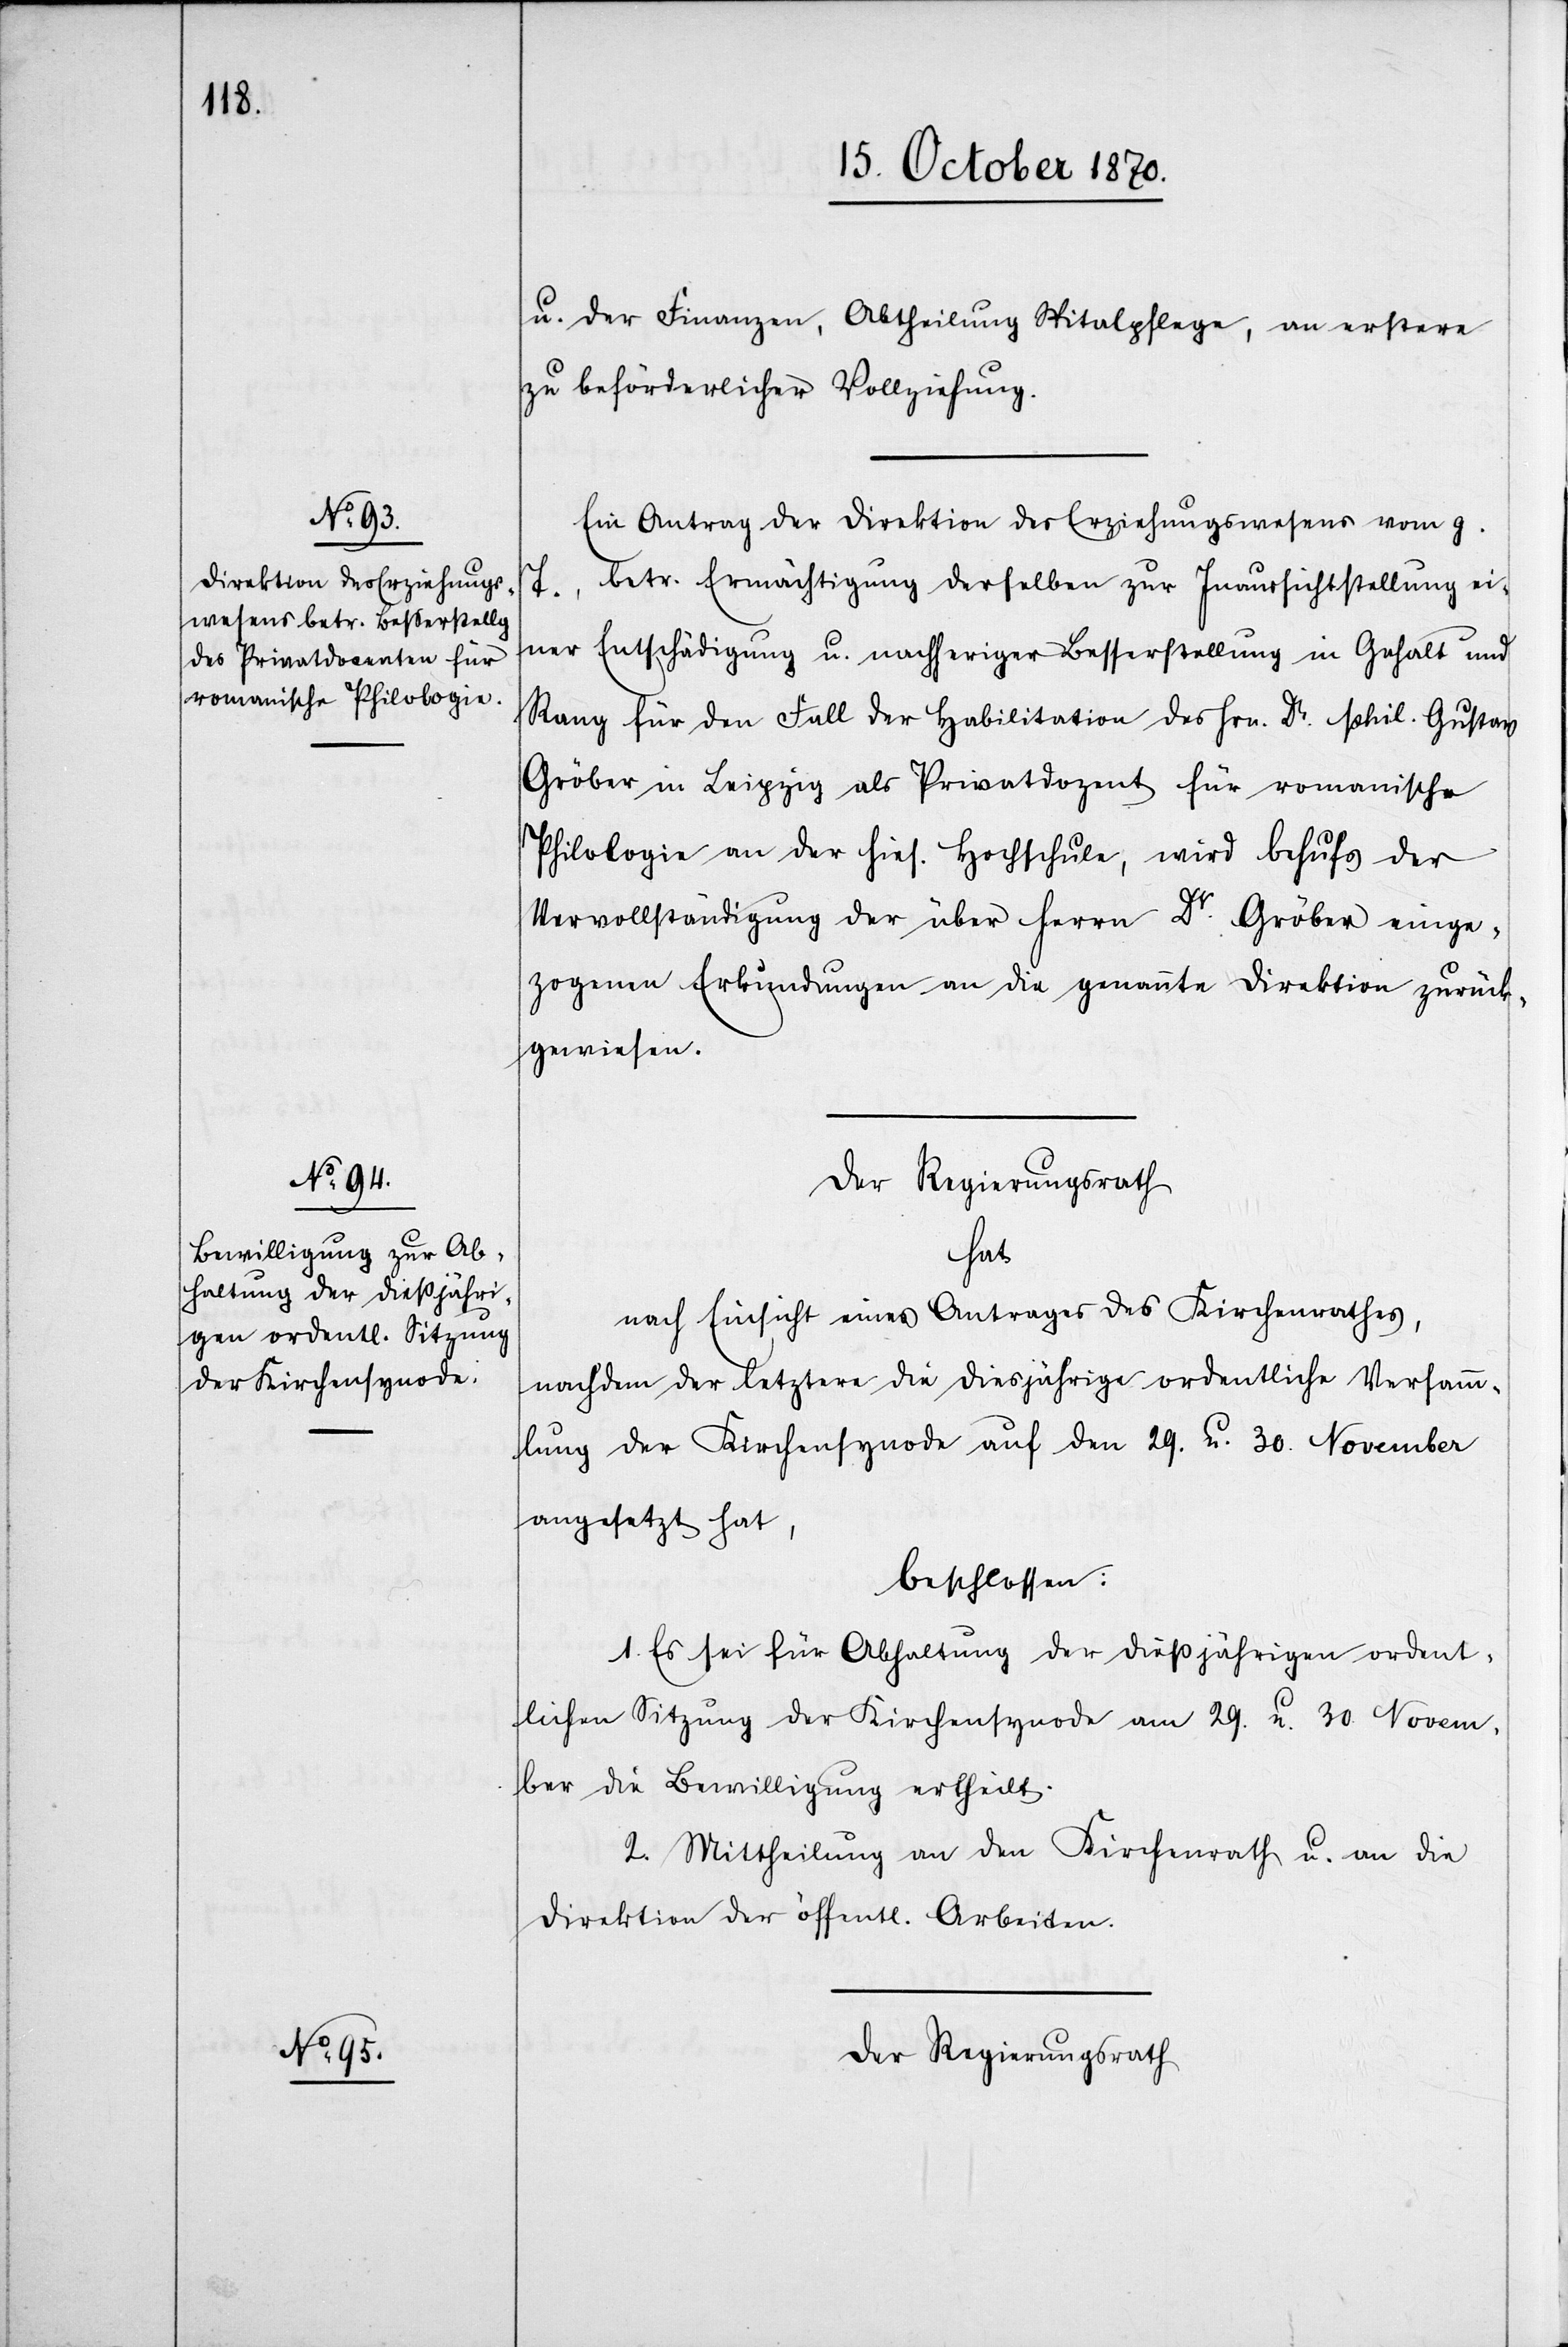
u. der Finanzen, Abtheilung Spitalpflege, an erstere
zu beförderlicher Vollziehung.
Ein Antrag der Direktion des Erziehungswesens vom g.
betr. Ermächtigung derselben zur Inaussichtstellung ei¬
ner Entschädigung u. nachheriger Besserstellung in Gehalt und
Rang für den Fall der Habilitation des Hrn. Dr. phil. Gustav
Gröber in Leipzig als Privatdozent für romanische
Philologie an der hies. Hochschule, wird behufs der
Vervollständigung der über Herrn Dr. Gröber einge¬
zogenen Erkundungen an die genannte Direktion zurück¬
gewiesen.
Der Regierungsrath
hat
nach Einsicht eines Antrages des Kirchenrathes,
nachdem der letztere die diesjährige ordentliche Versamm¬
lung der Kirchensynode auf den 29. u. 30. November
angesetzt hat,
beschlossen:
1. Es sei für Abhaltung der dießjährigen ordent¬
lichen Sitzung der Kirchensynode am 29. u. 30. Novem¬
ber die Bewilligung ertheilt.
2. Mittheilung an den Kirchenrath u. an die
Direktion der öffentl. Arbeiten.
Der Regierungsrath